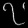
Digit: ၇